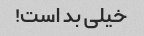
خیلی بد است!